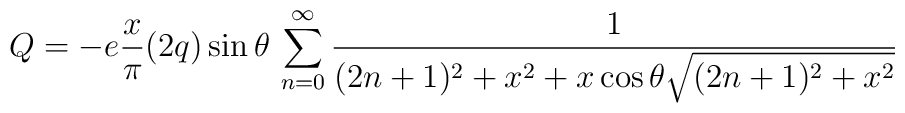
Q=- e \frac{x}{\pi} (2q) \sin\theta\, \sum_{n=0}^\infty {1\over(2n+1)^2+x^2+x \cos\theta\sqrt{(2n+1)^2+x^2}}